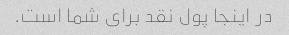
در اینجا پول نقد برای شما است.